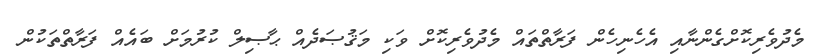
މެދުވެރިކޮށްގެންނާއި އެހެނިހެން ފަރާތްތައް މެދުވެރިކޮށް ވަކި މަޤުޞަދެއް ޙާޞިލް ކުރުމަށް ބައެއް ފަރާތްތަކުން